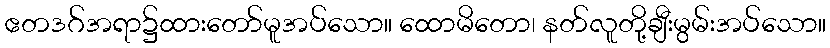
ဧတဒဂ်အရာ၌ထားတော်မူအပ်သော။ ထောမိတော၊ နတ်လူတို့ချီးမွမ်းအပ်သော။